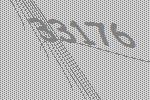
33176